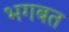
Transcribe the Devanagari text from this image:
भगबत